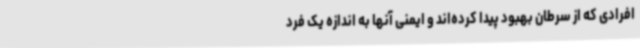
افرادی که از سرطان بهبود پیدا کرده‌اند و ایمنی آنها به اندازه یک فرد